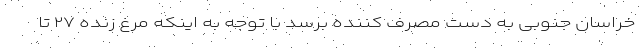
خراسان جنوبی به دست مصرف کننده برسد با توجه به اینکه مرغ زنده ۲۷ تا